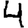
Digit: 4